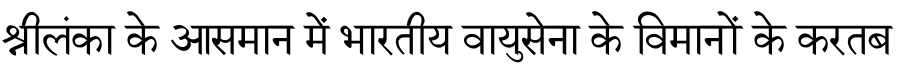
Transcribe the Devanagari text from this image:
श्रीलंका के आसमान में भारतीय वायुसेना के विमानों के करतब